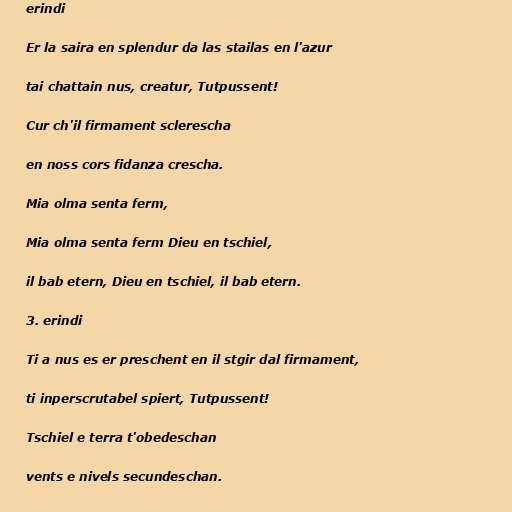
erindi

Er la saira en splendur da las stailas en l'azur

tai chattain nus, creatur, Tutpussent!

Cur ch'il firmament sclerescha

en noss cors fidanza crescha.

Mia olma senta ferm,

Mia olma senta ferm Dieu en tschiel,

il bab etern, Dieu en tschiel, il bab etern.

3. erindi

Ti a nus es er preschent en il stgir dal firmament,

ti inperscrutabel spiert, Tutpussent!

Tschiel e terra t'obedeschan

vents e nivels secundeschan.